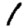
Digit: 1